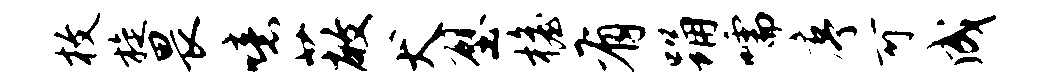
枚旋畏噫蔽犬壁檐有踊嚅序可成